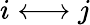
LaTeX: i\longleftrightarrow j